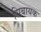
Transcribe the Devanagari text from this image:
सिबायक